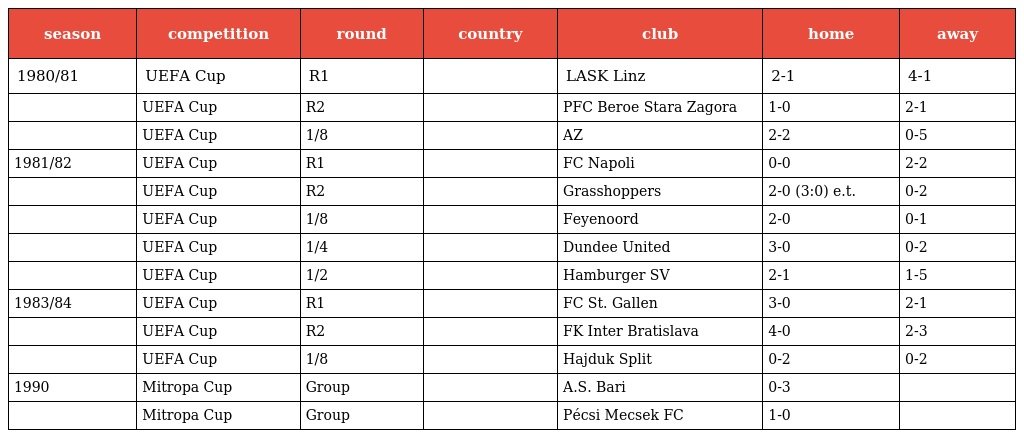
| season | competition | round | country | club | home | away |
 | --- | --- | --- | --- | --- | --- | --- |
 | 1980/81 | UEFA Cup | R1 |  | LASK Linz | 2-1 | 4-1 |
 |  | UEFA Cup | R2 |  | PFC Beroe Stara Zagora | 1-0 | 2-1 |
 |  | UEFA Cup | 1/8 |  | AZ | 2-2 | 0-5 |
 | 1981/82 | UEFA Cup | R1 |  | FC Napoli | 0-0 | 2-2 |
 |  | UEFA Cup | R2 |  | Grasshoppers | 2-0 (3:0) e.t. | 0-2 |
 |  | UEFA Cup | 1/8 |  | Feyenoord | 2-0 | 0-1 |
 |  | UEFA Cup | 1/4 |  | Dundee United | 3-0 | 0-2 |
 |  | UEFA Cup | 1/2 |  | Hamburger SV | 2-1 | 1-5 |
 | 1983/84 | UEFA Cup | R1 |  | FC St. Gallen | 3-0 | 2-1 |
 |  | UEFA Cup | R2 |  | FK Inter Bratislava | 4-0 | 2-3 |
 |  | UEFA Cup | 1/8 |  | Hajduk Split | 0-2 | 0-2 |
 | 1990 | Mitropa Cup | Group |  | A.S. Bari | 0-3 |  |
 |  | Mitropa Cup | Group |  | Pécsi Mecsek FC | 1-0 |  |